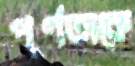
পূর্ণতাকে